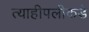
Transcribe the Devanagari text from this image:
त्याहीपलीकडे